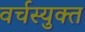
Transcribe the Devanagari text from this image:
वर्चस्युक्त